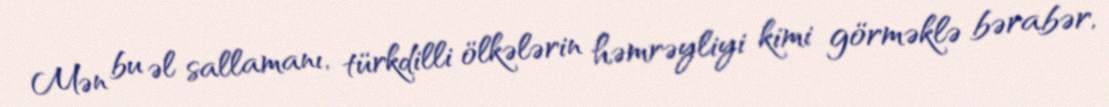
Mən bu əl sallamanı, türkdilli ölkələrin həmrəyliyi kimi görməklə bərabər,